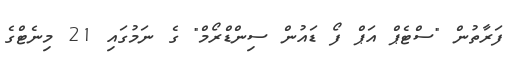
ފަރާތުން "ސްޓެޕް އަޕް ފޯ ޑައުން ސިންޑްރޯމް" ގެ ނަމުގައި 21 މިނެޓްގެ